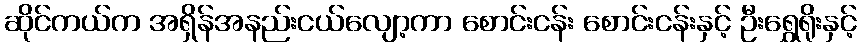
ဆိုင်ကယ်က အရှိန်အနည်းငယ်လျော့ကာ စောင်းငန်း စောင်းငန်းနှင့် ဦးရွှေရိုးနှင့်